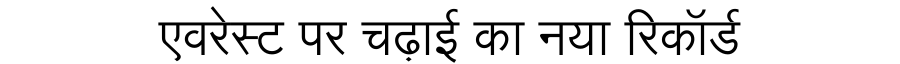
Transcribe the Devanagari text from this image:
एवरेस्ट पर चढ़ाई का नया रिकॉर्ड